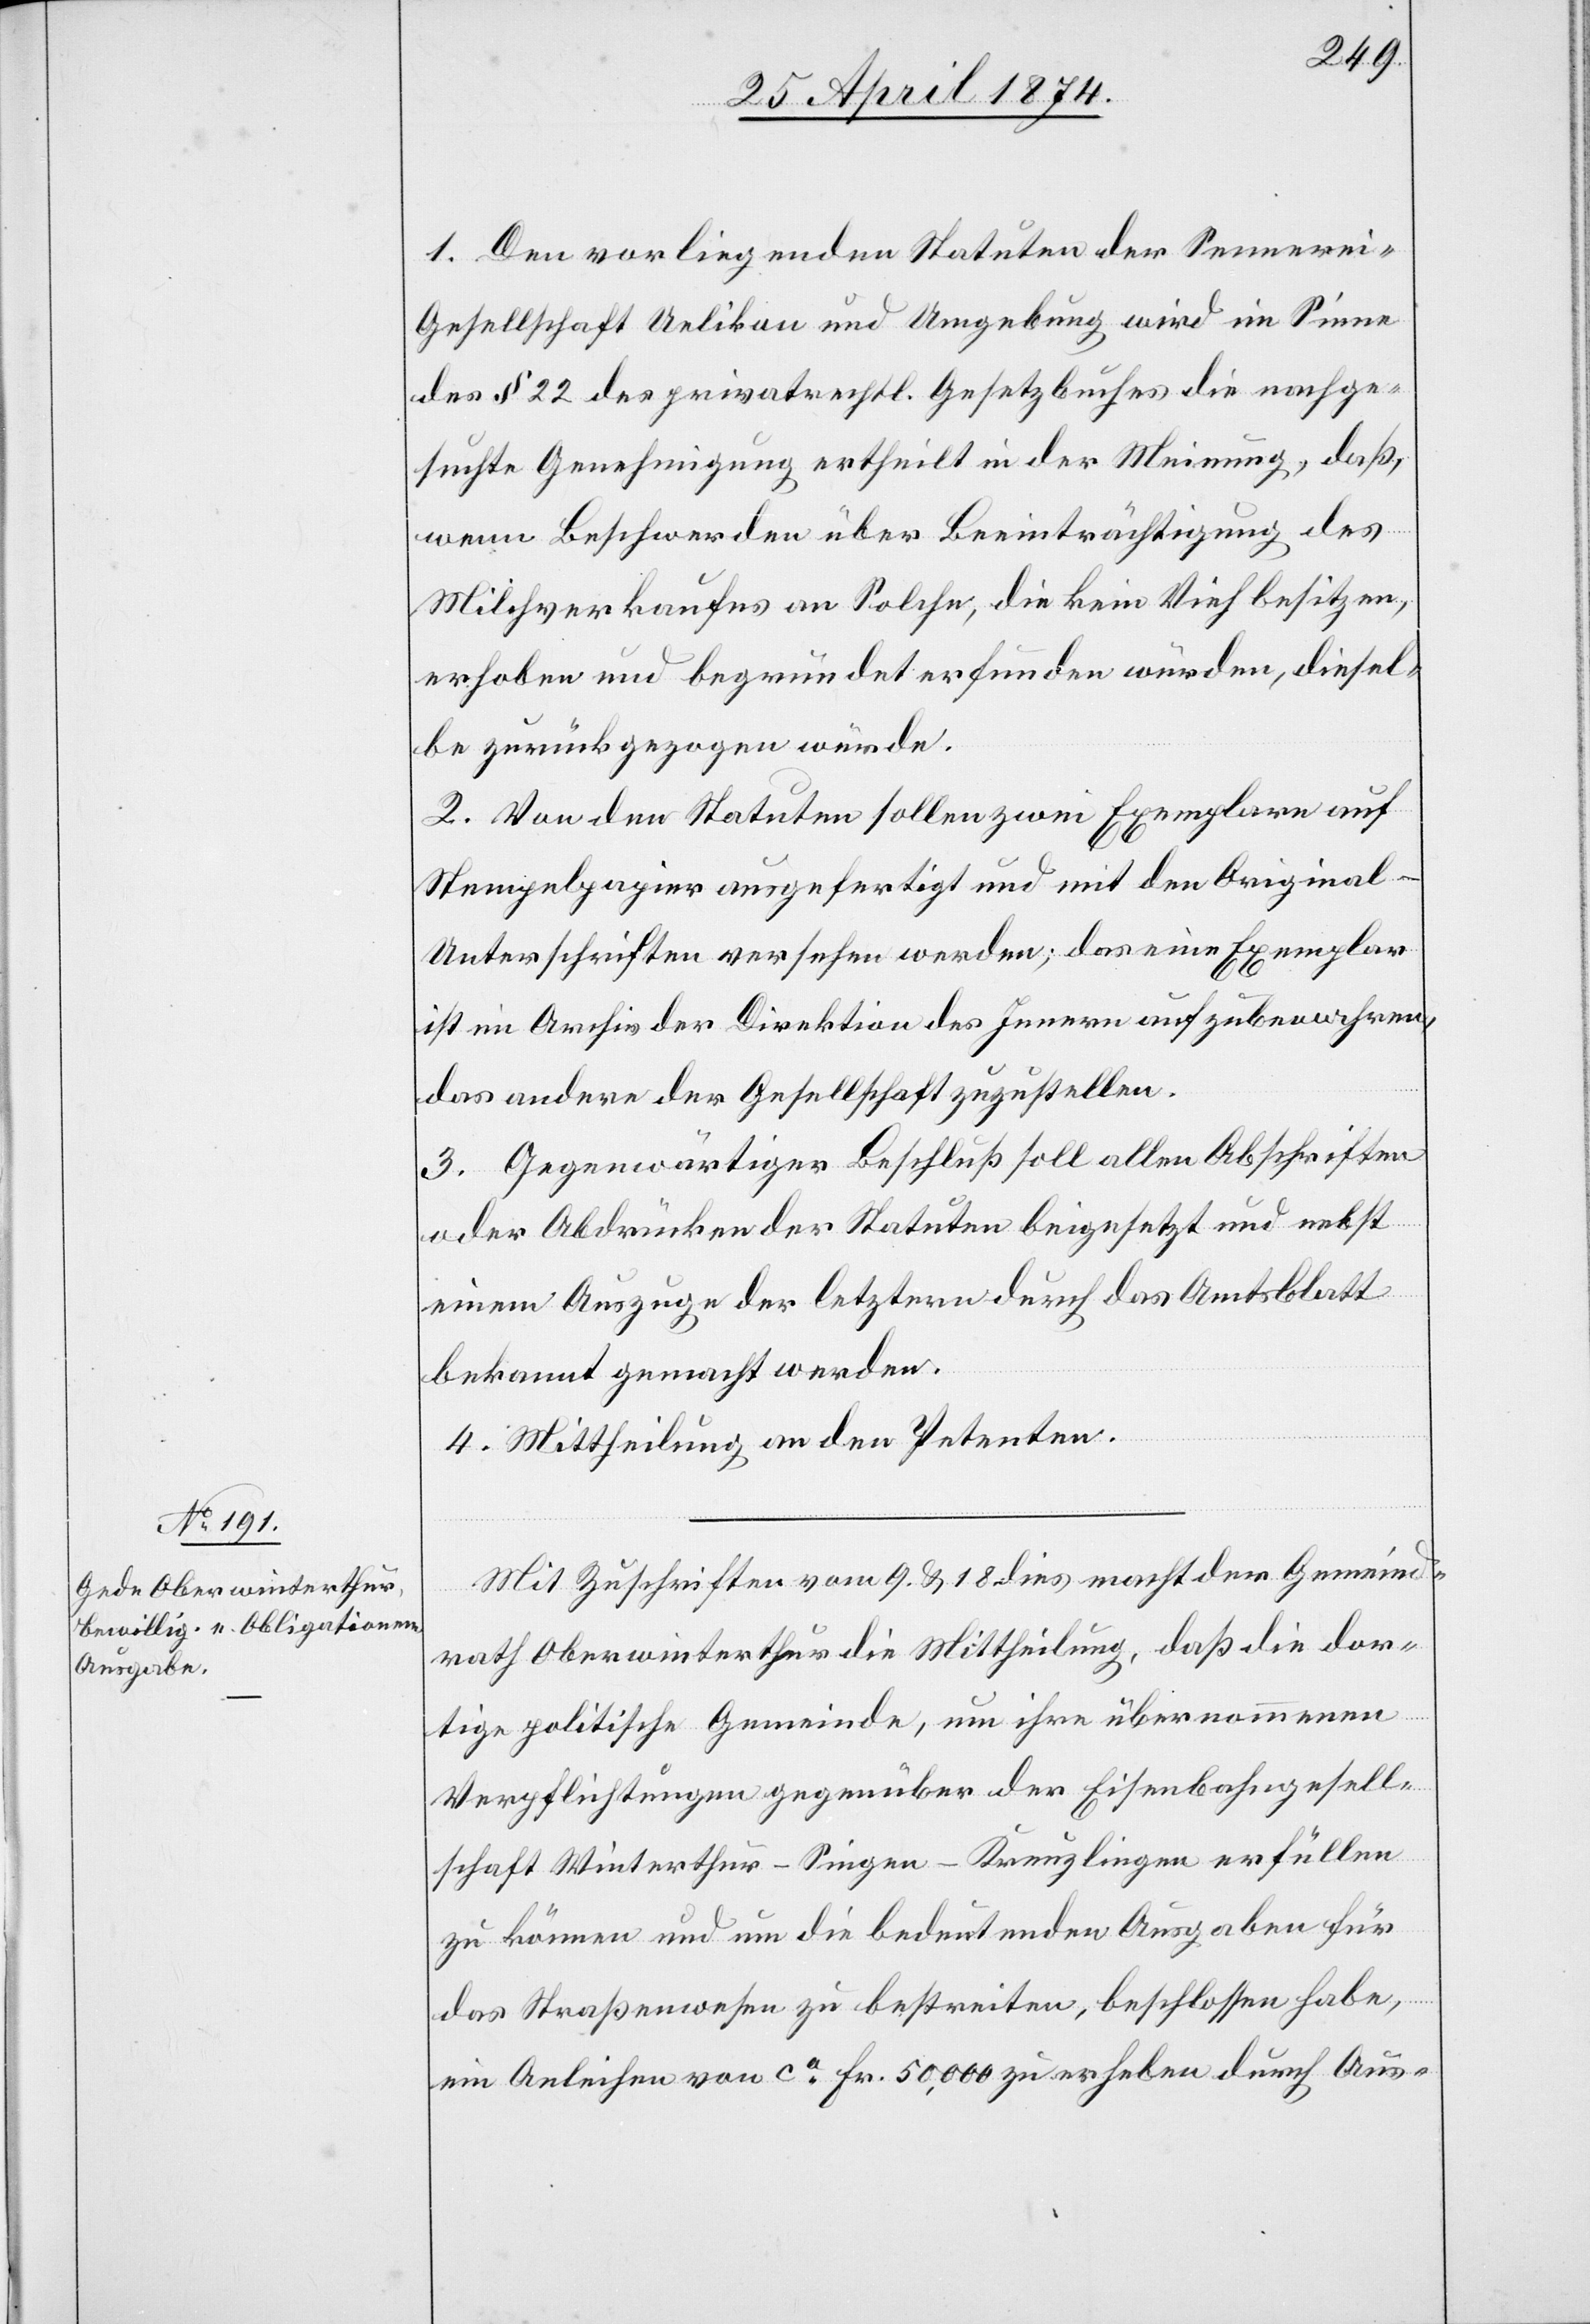
1. Den vorliegenden Statuten der Sennerei-G¬
esellschaft Uelikon und Umgebung wird im Sinne
des § 22 der privatrechtl. Gesetzbuches die nachge¬
suchte Genehmigung ertheilt in der Meinung, daß,
wenn Beschwerden über Beeinträchtigung des
Milchverkaufes an Solche, die kein Vieh besitzen,
erhoben und begründet erfunden würden, diesel¬
be zurückgezogen würde.
2. Von den Statuten sollen zwei Exemplare auf
Stempelpapier ausgefertigt und mit den Original-U¬
nterschriften versehen werden; das eine Exemplar
ist im Archiv der Direktion des Innern aufzubewahren,
das andere der Gesellschaft zuzustellen.
3. Gegenwärtiger Beschluß soll allen Abschriften
oder Abdrücken der Statuten beigesetzt und nebst
einem Auszuge der letztern durch das Amtsblatt
bekannt gemacht werden.
4. Mittheilung an den Petenten.
Mit Zuschriften vom 9. u. 18. dies macht der Gemeind¬
rath Oberwinterthur die Mittheilung, daß die dor¬
tige politische Gemeinde, um ihre übernommenen
Verpflichtungen gegenüber der Eisenbahngesell¬
schaft Winterthur-Singen-Kreuzlingen erfüllen
zu können und um die bedeutenden Ausgaben für
das Straßenwesen zu bestreiten, beschlossen habe,
ein Anleihen von ca Fr. 50,000 zu erheben durch Aus-